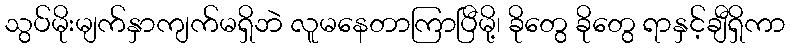
သွပ်မိုးမျက်နှာကျက်မရှိဘဲ လူမနေတာကြာပြီမို့၊ ခိုတွေ ခိုတွေ ရာနှင့်ချီရှိကာ